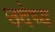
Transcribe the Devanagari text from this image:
उदेष्य